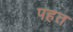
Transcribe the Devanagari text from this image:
पहत